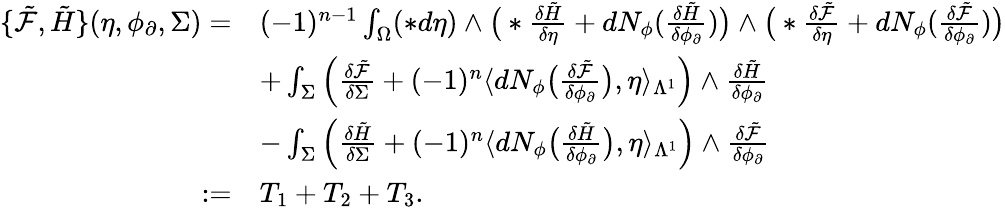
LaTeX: \begin{array}{rl}{\{ \tilde{\mathcal{F}},\tilde{H}\} (\eta,\phi_{\partial},\Sigma)=}&{(-1)^{n-1}\int_{\Omega}(\ast d\eta)\wedge\big(\ast\frac{\delta\tilde{H}}{\delta\eta}+dN_{\phi}(\frac{\delta\tilde{H}}{\delta\phi_{\partial}})\big)\wedge\big(\ast\frac{\delta\tilde{\mathcal{F}}}{\delta\eta}+dN_{\phi}(\frac{\delta\tilde{\mathcal{F}}}{\delta\phi_{\partial}})\big)}\\ &{+\int_{\Sigma}\Big(\frac{\delta\tilde{\mathcal{F}}}{\delta\Sigma}+(-1)^{n}\langle dN_{\phi}\big(\frac{\delta\tilde{\mathcal{F}}}{\delta\phi_{\partial}}\big),\eta\rangle_{\Lambda^{1}}\Big)\wedge\frac{\delta\tilde{H}}{\delta\phi_{\partial}}}\\ &{-\int_{\Sigma}\Big(\frac{\delta\tilde{H}}{\delta\Sigma}+(-1)^{n}\langle dN_{\phi}\big(\frac{\delta\tilde{H}}{\delta\phi_{\partial}}\big),\eta\rangle_{\Lambda^{1}}\Big)\wedge\frac{\delta\tilde{\mathcal{F}}}{\delta\phi_{\partial}}}\\ {:=}&{T_{1}+T_{2}+T_{3}.}\end{array}